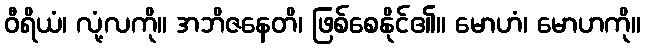
ဝီရိယံ၊ လုံ့လကို။ အဘိဇနေတိ၊ ဖြစ်စေနိုင်၏။ မောဟံ၊ မောဟကို။